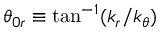
\theta _ { 0 r } \equiv \tan ^ { - 1 } ( k _ { r } / k _ { \theta } )